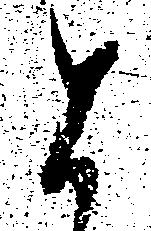
と